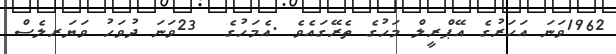
1962ވަނަ އަހަރުގެ އޭޕްރީލް މަހުގެ ތެރޭގައެވެ .އެމަހުގެ  23ވަނަ ދުވަހު ވަޔަރލެސް